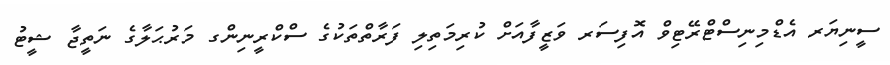
ސީނިޔަރ އެޑްމިނިސްޓްރޭޓިވް އޮފިސަރ ވަޒީފާއަށް ކުރިމަތިލި ފަރާތްތަކުގެ ސްކްރީނިންގ މަރުޙަލާގެ ނަތީޖާ ޝީޓު